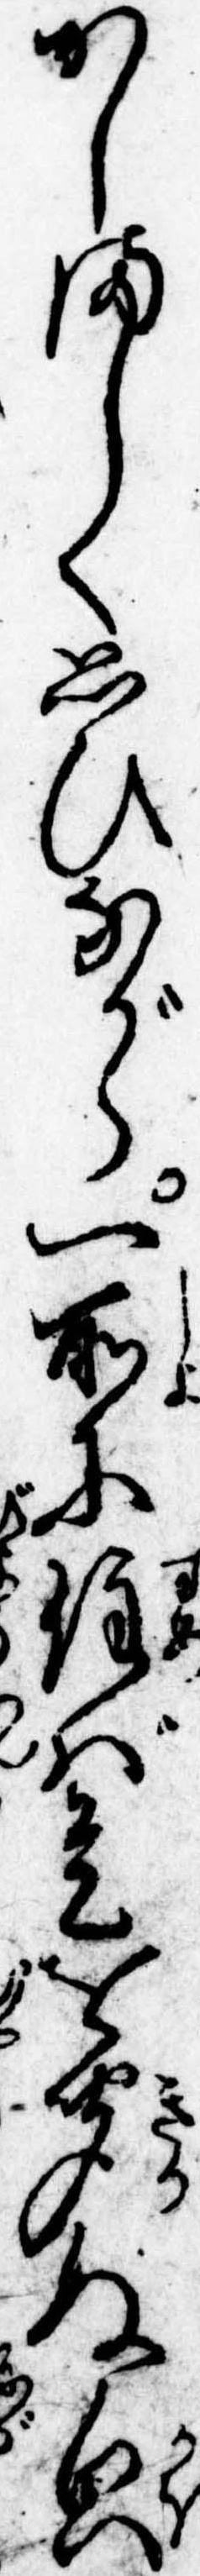
かしましく思ひながら一所に住ば是を聞ぬ貌